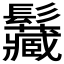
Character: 𩰅